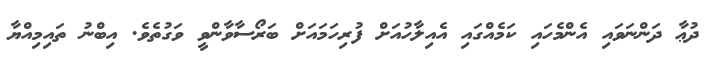
ދުޢާ ދަންނަވައި އެންމެހައި ކަމެއްގައި އެއިލާހުއަށް ފުރިހަމައަށް ބަރޯސާވާންވީ ވަގުތެވެ. އިބްނު ތައިމިއްޔާ